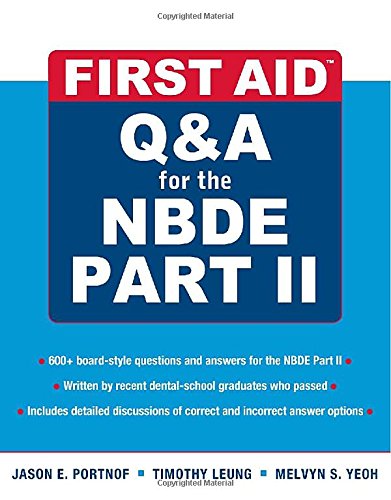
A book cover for First Aid Q&A for the NBDE Part II (First Aid Series); Jason Portnof; Medical Books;